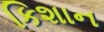
કિશાન